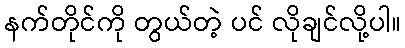
နက်တိုင်ကို တွယ်တဲ့ ပင် လိုချင်လို့ပါ။